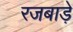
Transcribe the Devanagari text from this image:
रजबाड़े